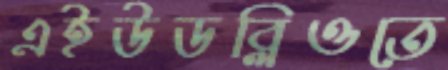
এইউডব্লিওতে